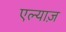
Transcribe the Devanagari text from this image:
एल्याज़